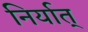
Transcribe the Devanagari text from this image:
निर्यात्‌